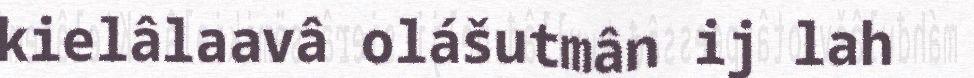
kielâlaavâ olášutmân ij lah